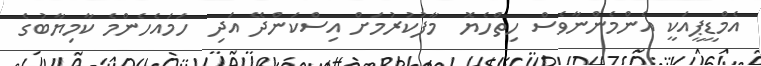
އެމްޑީޕީއަކީ އެންމެންނާވެސް ހިތްހެޔޮ  މާފުކުރުމަށް އިސްކަންދޭ އަދި  ހަމައެހެންމެ ކާމިޔާބުގެ